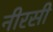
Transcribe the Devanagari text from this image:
नीरसी